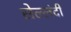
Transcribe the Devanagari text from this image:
सेल्लंदी